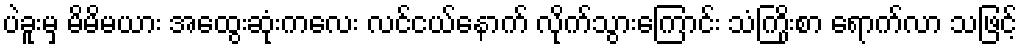
ပဲခူးမှ မိမိမယား အထွေးဆုံးကလေး လင်ငယ်နောက် လိုက်သွားကြောင်း သံကြိုးစာ ရောက်လာ သဖြင့်